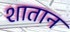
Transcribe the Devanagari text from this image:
शातान